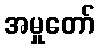
အမှုတော်